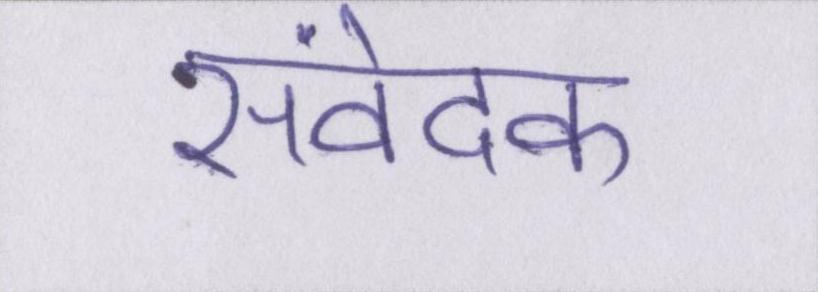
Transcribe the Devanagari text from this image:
संवेदक